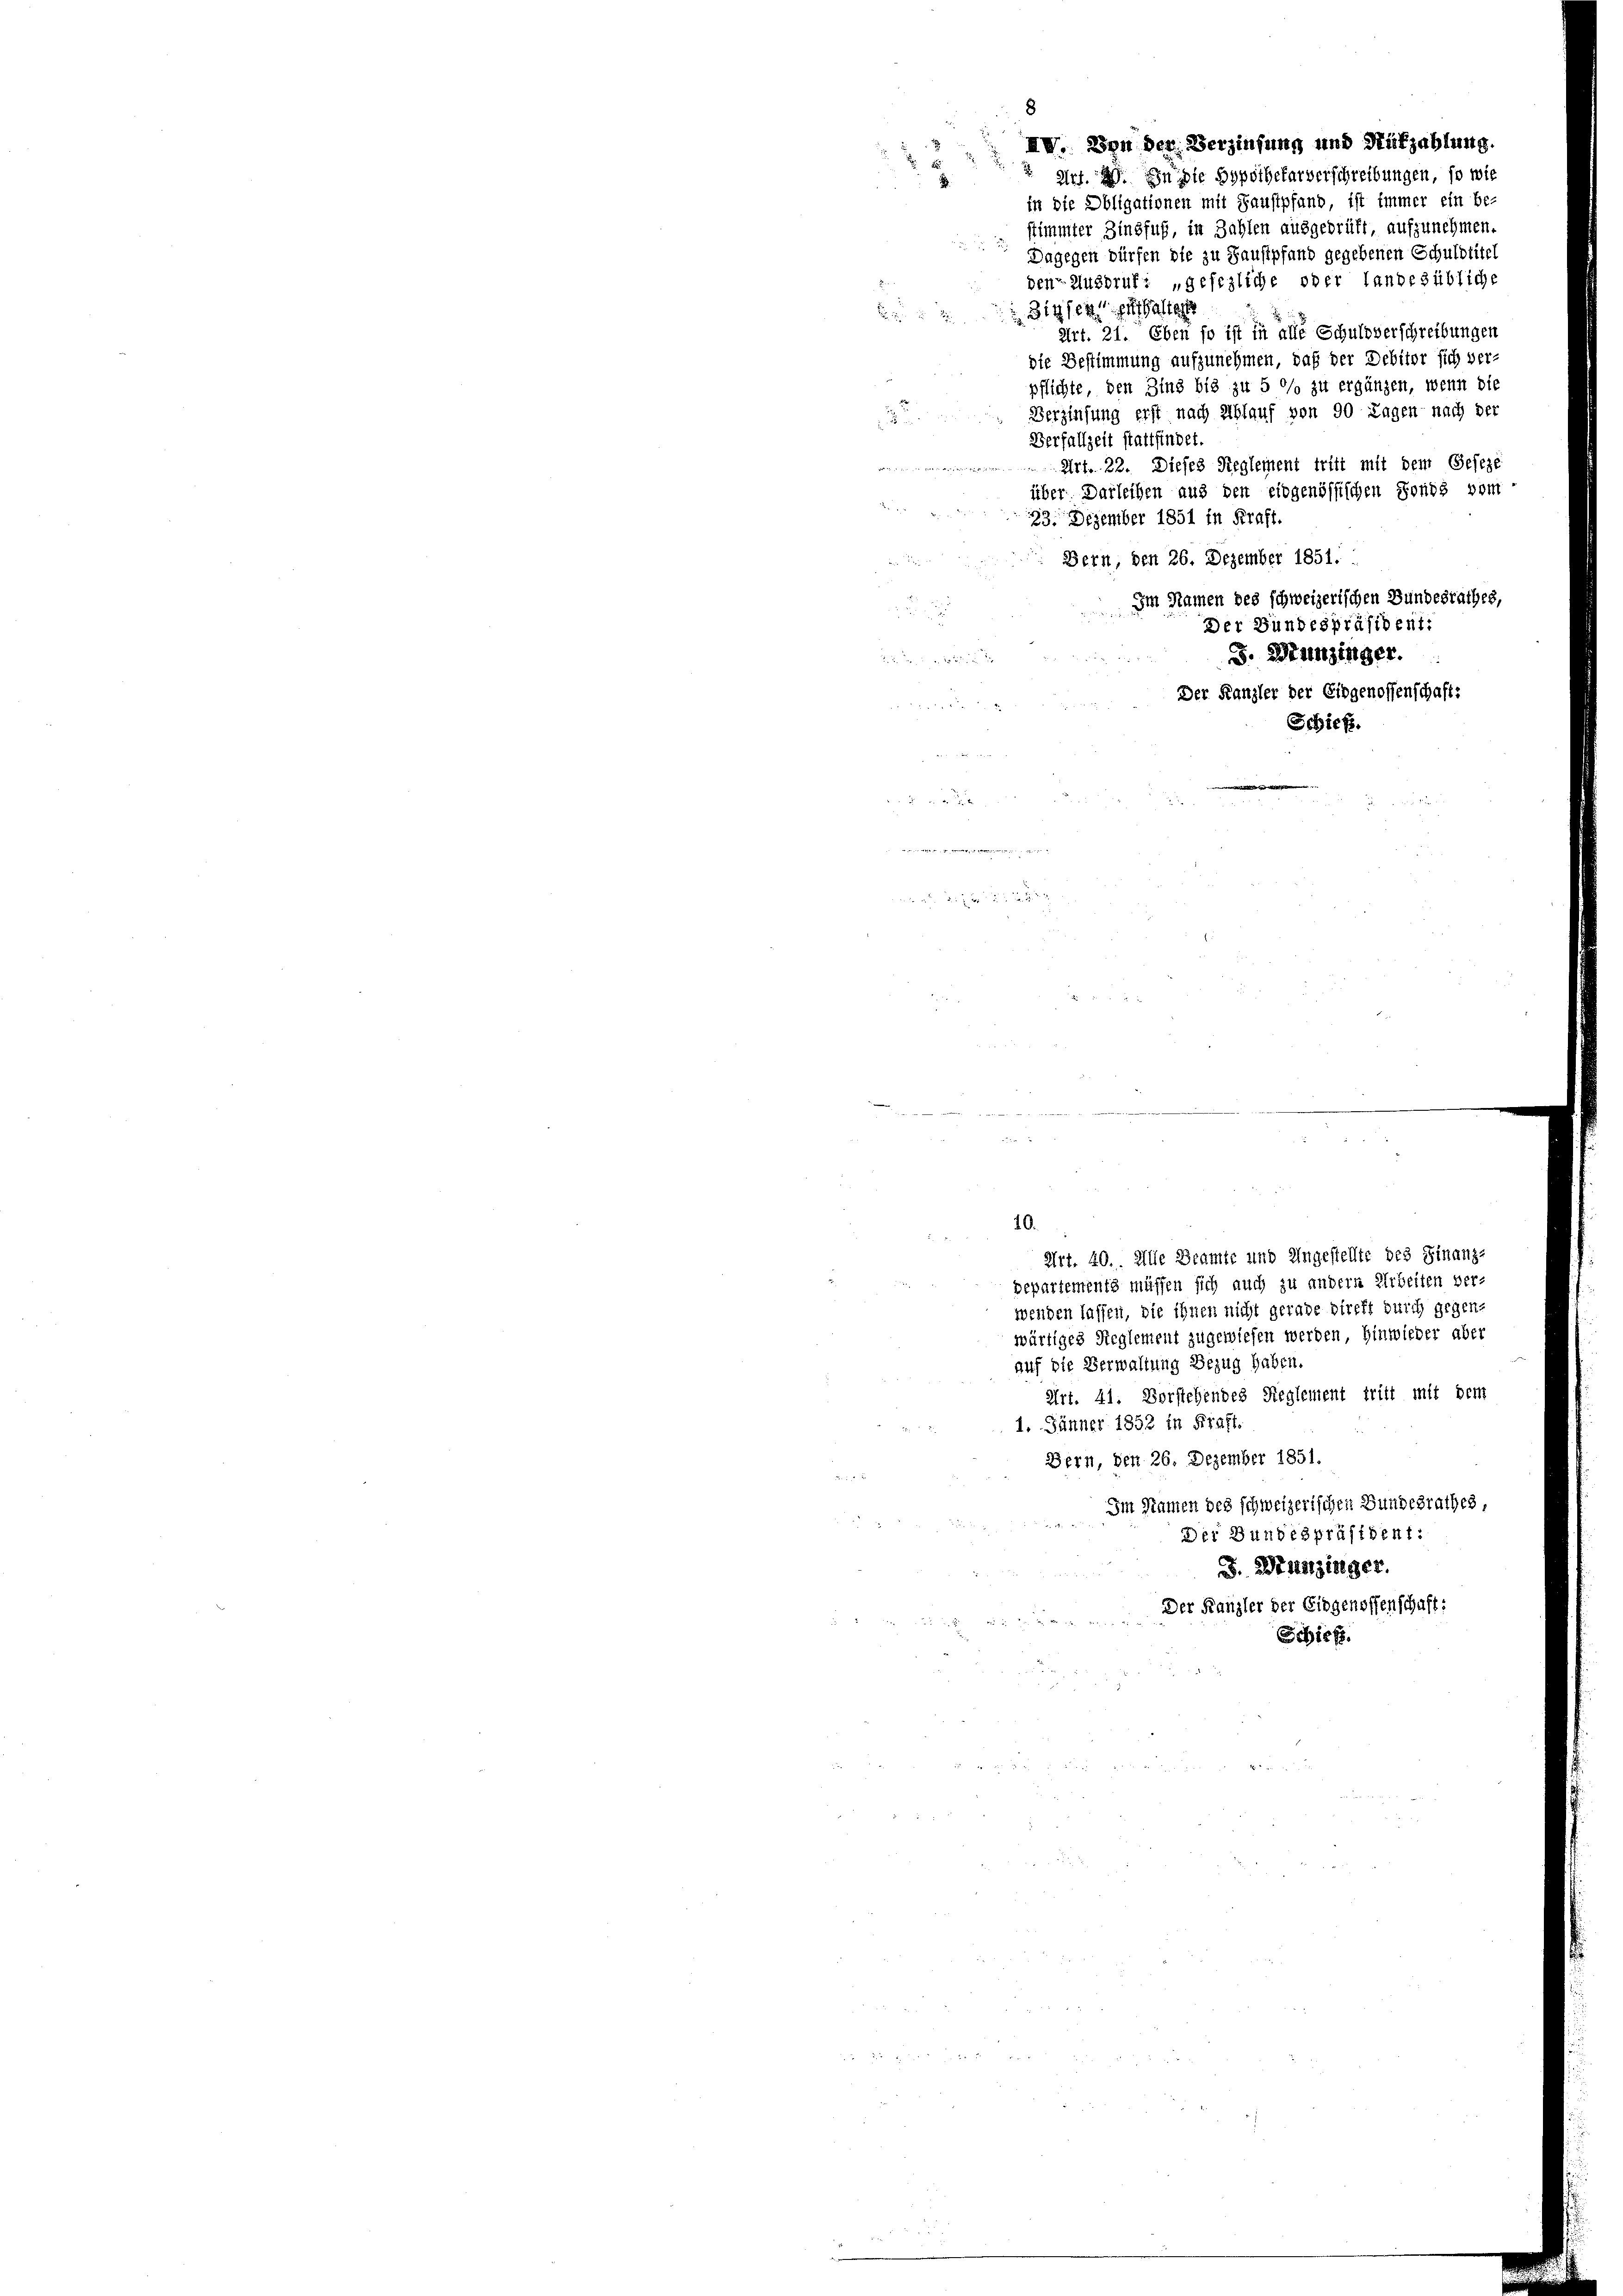
III. Bon der Verzinsung und Nükzahlung.
Art. 2. In die Hypothekarverschreibungen, so wie
in die Obligationen mit Faustpfand, ist immer ein Be-
stimmter Zinsfuß, in Zahlen ausgeprüft, aufzunehmen.
 Dagegen dürfen die zu Haustpfand gegebenen Schuldtitel
den Ausbruf: „gesezliche oder landesübliche
Zigsent enthalten
Art. 21. Eben so ist in alle Schuldverschreibungen
die Bestimmung aufzunehmen, daß der Debitor sich ver-
pflichte, den Zins bis zu 5 °/o zu ergänzen, wenn die
Verzinsung erst nach Ablauf von 90 Tagen nach der
Verfallzeit stattfindet.
 Art. 22. Dieses Reglement tritt mit dem Geseze
über. Darleihen aus den eidgenössischen Sonds vom
23. Dezember 1851 in Kraft.
Bern, den 26. Dezember 1851.
Im Namen des schweizerischen Bundesrathes,
Der Bundespräsident:
S. Hunzinger.
Der Kanzler der Eidgenossenschaft:
Schiefz.

.
3

der die Mann

8

10.
Art. 40.. Alle Beamte und Ungestellte des Finanz-
gepartements müssen sich auch zu andern Arbeiten ver-
wenden lassen, die ihnen nicht gerade direkt durch gegen-
wärtiges Reglement zugewiesen werden, Hinwieder aber
auf die Verwaltung Bezug haben.
Art. 41. Vorstehendes Reglement tritt mit dem
1. Jänner 1852 in Kraft.
Bern, den 26. Dezember 1851.
Im Namen des schweizerischen Bundesrathes,
Der Bundespräsident:
J. Stadtzinger.
Der Kanzler der Eidgenossenschaft:
Schief